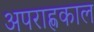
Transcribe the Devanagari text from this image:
अपराह्णकाल